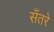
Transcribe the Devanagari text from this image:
सँतरे